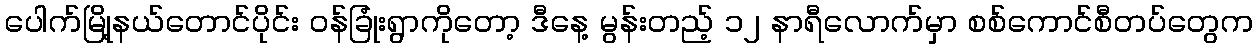
ပေါက်မြို့နယ်တောင်ပိုင်း ဝန်ခြုံးရွာကိုတော့ ဒီနေ့ မွန်းတည့် ၁၂ နာရီလောက်မှာ စစ်ကောင်စီတပ်တွေက